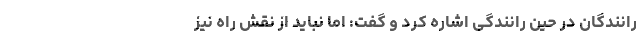
رانندگان در حین رانندگی اشاره کرد و گفت: اما نباید از نقش راه نیز